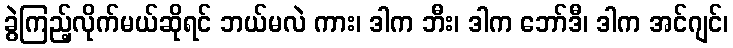
ခွဲကြည့်လိုက်မယ်ဆိုရင် ဘယ်မလဲ ကား၊ ဒါက ဘီး၊ ဒါက ဘော်ဒီ၊ ဒါက အင်ဂျင်၊